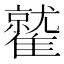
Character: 𩀻